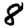
Digit: 8